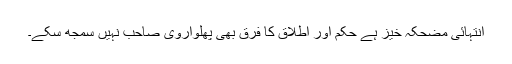
انتہائی مضحکہ خیز ہے حکم اور اطلاق کا فرق بھی پھلواروی صاحب نہیں سمجھ سکے۔